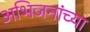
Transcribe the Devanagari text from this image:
अभिजनांच्या